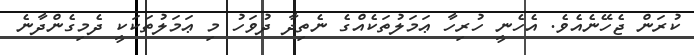
ކުރަން ޖެހޭނެއެވެ. އެހެނީ ހުރިހާ ޢަމަލުތަކެއްގެ ނެތިދާ ދުވަހު މި ޢަމަލުތަކަކީ ދެމިގެންދާނެ